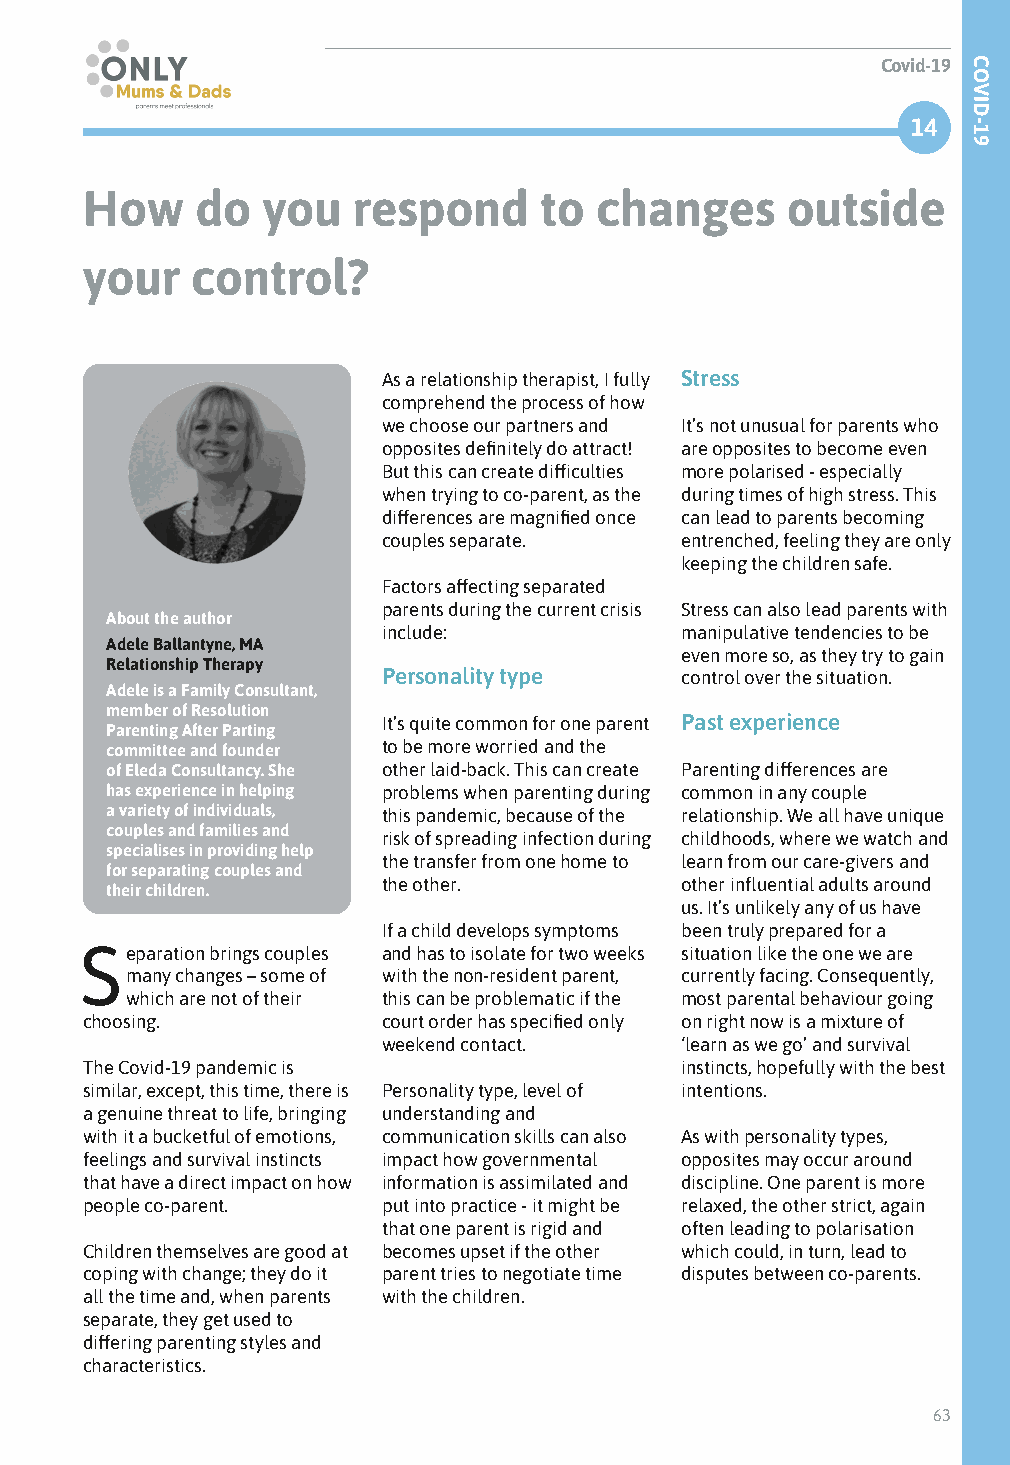
Covid-19
 14
 How     do  you   respond      to changes      outside
 your    control?
 As a relationship therapist, I fully Stress
 comprehend the process of how
 we choose our partners and It’s not unusual for parents who
 opposites definitely do attract! are opposites to become even
 But this can create difficulties more polarised - especially
 when trying to co-parent, as the during times of high stress. This
 differences are magnified once can lead to parents becoming
 couples separate.   entrenched, feeling they are only
 keeping the children safe.
 Factors affecting separated
 parents during the current crisis Stress can also lead parents with
 About the author
 include:            manipulative tendencies to be
 Adele Ballantyne, MA
 even more so, as they try to gain
 Relationship Therapy
 Personality type    control over the situation.
 Adele is a Family Consultant,
 member of Resolution
 It’s quite common for one parent Past experience
 Parenting After Parting
 committee and founder to be more worried and the
 of Eleda Consultancy. She other laid-back. This can create Parenting differences are
 has experience in helping problems when parenting during common in any couple
 a variety of individuals, this pandemic, because of the relationship. We all have unique
 couples and families and
 risk of spreading infection during childhoods, where we watch and
 specialises in providing help
 the transfer from one home to learn from our care-givers and
 for separating couples and
 the other.          other influential adults around
 their children.
 us. It’s unlikely any of us have
 If a child develops symptoms been truly prepared for a
 Separation brings couples and has to isolate for two weeks situation like the one we are
 many changes – some of with the non-resident parent, currently facing. Consequently,
 which are not of their this can be problematic if the most parental behaviour going
 choosing.           court order has specified only on right now is a mixture of
 weekend contact.    ‘learn as we go’ and survival
 The Covid-19 pandemic is                instincts, hopefully with the best
 similar, except, this time, there is Personality type, level of intentions.
 a genuine threat to life, bringing understanding and
 with it a bucketful of emotions, communication skills can also As with personality types,
 feelings and survival instincts impact how governmental opposites may occur around
 that have a direct impact on how information is assimilated and discipline. One parent is more
 people co-parent.   put into practice - it might be relaxed, the other strict, again
 that one parent is rigid and often leading to polarisation
 Children themselves are good at becomes upset if the other which could, in turn, lead to
 coping with change; they do it parent tries to negotiate time disputes between co-parents.
 all the time and, when parents with the children.
 separate, they get used to
 differing parenting styles and
 characteristics.
 63
 COVID-19